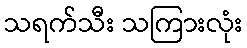
သရက်သီး သကြားလုံး